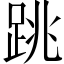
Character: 跳